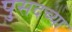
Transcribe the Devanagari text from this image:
पुसदच्या